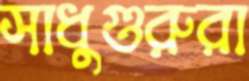
সাধুগুরুরা